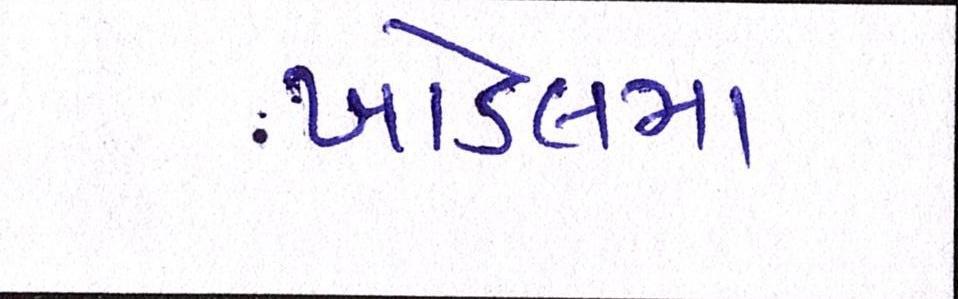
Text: ખોડલમા